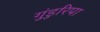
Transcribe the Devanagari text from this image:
गुंडुरिपा